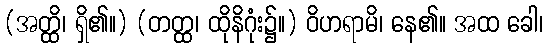
(အတ္ထိ၊ ရှိ၏။) (တတ္ထ၊ ထိုနိဂုံး၌။) ဝိဟရာမိ၊ နေ၏။ အထ ခေါ၊